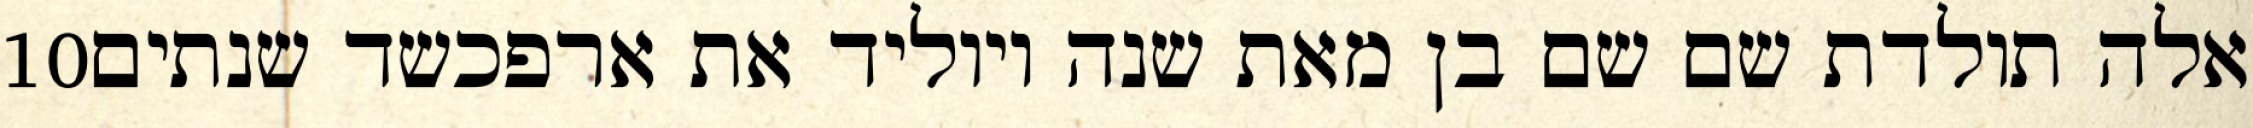
‎10‏ אלה תולדת שם שם בן מאת שנה ויוליד את ארפכשד שנתים